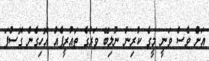
އަށް ވެސް ވަނީ މީގެ ކުރިން ނުލިބޭ ވަރުގެ ތައުރީފެއް އޮހިގެން ގޮސްފަ